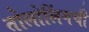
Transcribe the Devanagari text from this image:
तोलोलिंगची